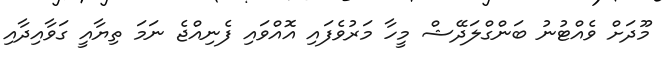
މޫދަށް ވެއްޓުނު ބަންގްލަދޭޝް މީހާ މަރުވެފައި އޮއްވައި ފެނިއްޖެ ނަމަ ތިޔާއީ ގަވާއިދާއި